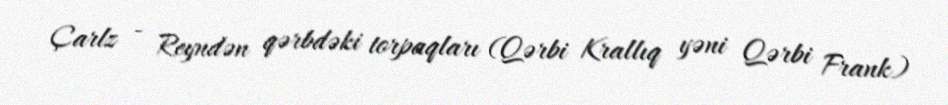
Çarlz - Reyndən qərbdəki torpaqları (Qərbi Krallıq yəni Qərbi Frank)